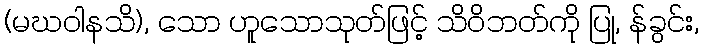
(မဃဝါနသိ), သော ဟူသောသုတ်ဖြင့် သိဝိဘတ်ကို ပြု, န်ခွင်း,